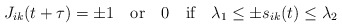
\begin{align*}J_{ik}(t+\tau)=\pm1\quad\mbox{or}\quad 0\quad\mbox{if}\quad\lambda_1\leq\pm s_{ik}(t)\leq\lambda_2\end{align*}